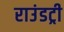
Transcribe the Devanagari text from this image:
राउंडट्री